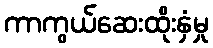
ကာကွယ်ဆေးထိုးနှံမှု